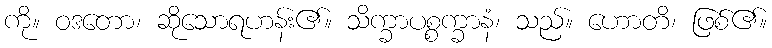
ကို။ ဝဒတော၊ ဆိုသောရဟန်း၏။ သိက္ခာပစ္စက္ခာနံ၊ သည်။ ဟောတိ၊ ဖြစ်၏။